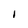
Character: I